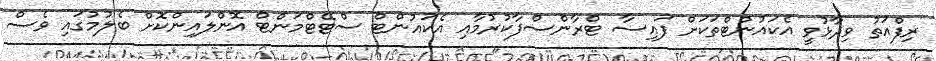
ރިފްއަތު ވިދާޅުވީ އެކައުންޓްތަކަށް ފައިސާ ޓްރާންސްފާކުރުމާއި އެކައުންޓް ސްޓޭޓްމަންޓް އޮންލައިންކޮށް ބެލުމުގައި ވެސް